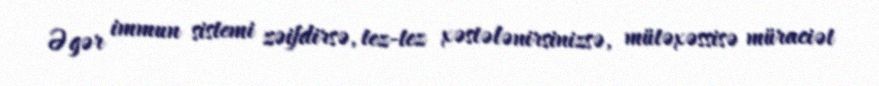
Əgər immun sistemi zəifdirsə, tez-tez xəstələnirsinizsə, mütəxəssisə müraciət